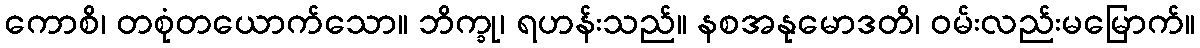
ကောစိ၊ တစုံတယောက်သော။ ဘိက္ခု၊ ရဟန်းသည်။ နစအနုမောဒတိ၊ ဝမ်းလည်းမမြောက်။